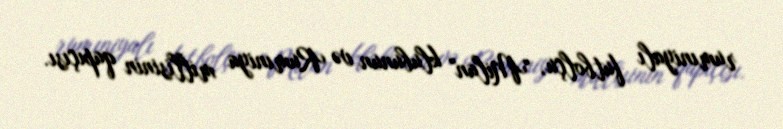
rumıniyalı futbolçu, "Milan" klubunun və Rumıniya millisinin qapıçısı.